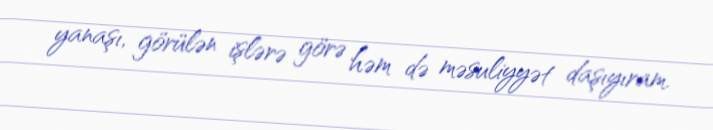
yanaşı, görülən işlərə görə həm də məsuliyyət daşıyıram.